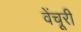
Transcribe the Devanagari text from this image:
वेंचूरी